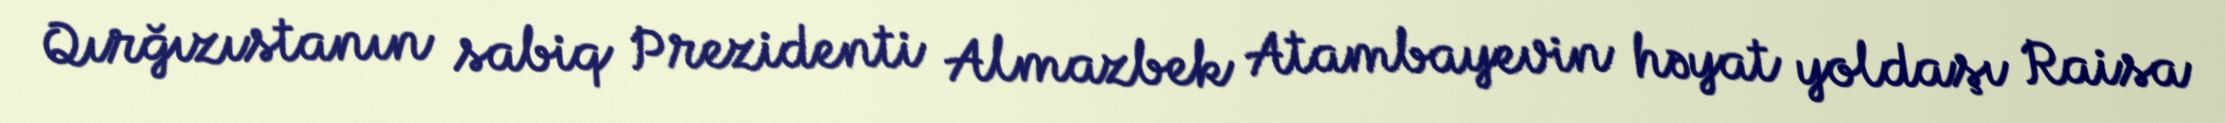
Qırğızıstanın sabiq Prezidenti Almazbek Atambayevin həyat yoldaşı Raisa